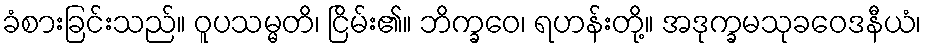
ခံစားခြင်းသည်။ ဝူပသမ္မတိ၊ ငြိမ်း၏။ ဘိက္ခဝေ၊ ရဟန်းတို့။ အဒုက္ခမသုခဝေဒနီယံ၊